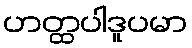
ဟတ္ထပါဒူပမာ